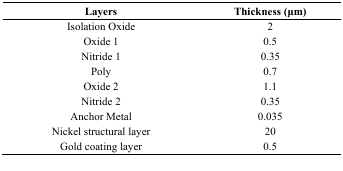
| Layers | Thickness (μm) |
 | --- | --- |
 | Isolation Oxide | 2 |
 | Oxide 1 | 0.5 |
 | Nitride 1 | 0.35 |
 | Poly | 0.7 |
 | Oxide 2 | 1.1 |
 | Nitride 2 | 0.35 |
 | Anchor Metal | 0.035 |
 | Nickel structural layer | 20 |
 | Gold coating layer | 0.5 |